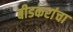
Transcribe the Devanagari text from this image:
बीडकरांचा